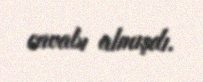
cavabı almışdı.